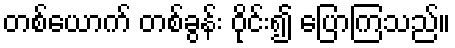
တစ်ယောက် တစ်ခွန်း ဝိုင်း၍ ပြောကြသည်။